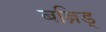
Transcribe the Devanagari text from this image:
बब्निड्